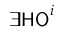
\exists { } { \mathsf { H O } } ^ { i }